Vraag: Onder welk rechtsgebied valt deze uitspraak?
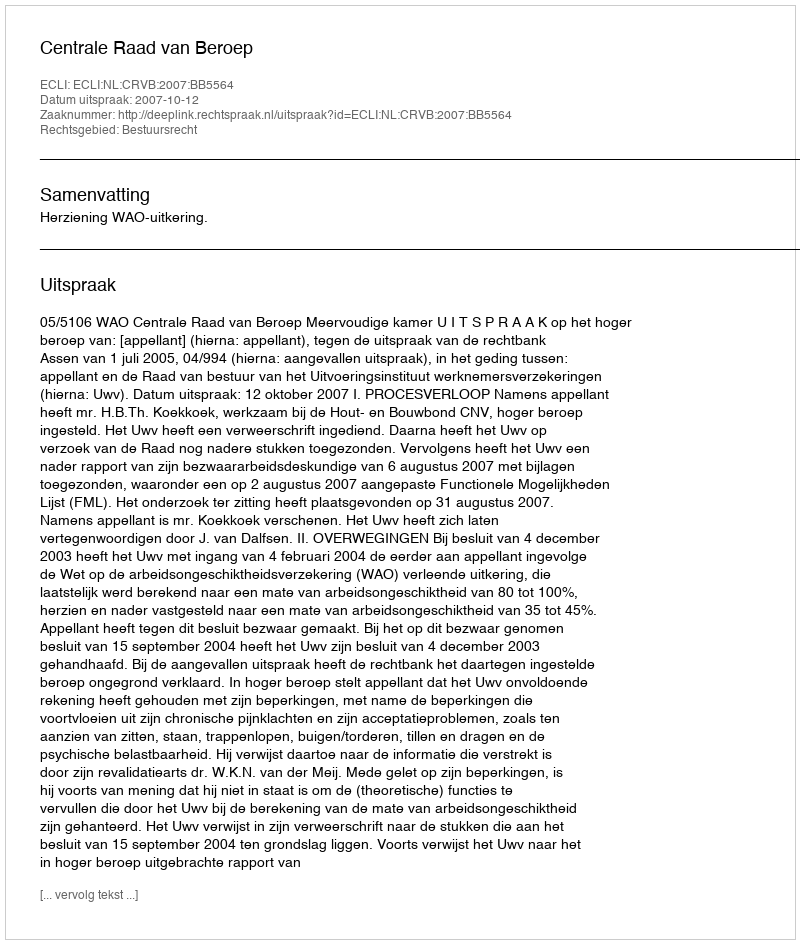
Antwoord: Bestuursrecht